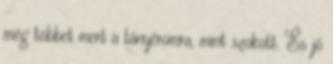
még többet mert a tányéromra, mint szokott. És jó